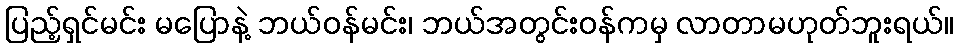
ပြည့်ရှင်မင်း မပြောနဲ့ ဘယ်ဝန်မင်း၊ ဘယ်အတွင်းဝန်ကမှ လာတာမဟုတ်ဘူးရယ်။